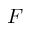
F